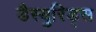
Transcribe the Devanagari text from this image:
डैस्युरिड्स